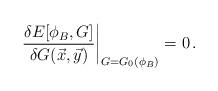
LaTeX: \begin{align*}\left. \frac{\delta E[\phi_B,G]}{\delta G(\vec x,\vec y)} \right|_{G=G_0(\phi_B)}=0\,.\end{align*}